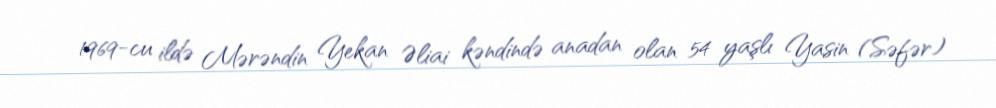
1969-cu ildə Mərəndin Yekan Əliai kəndində anadan olan 54 yaşlı Yasin (Səfər)